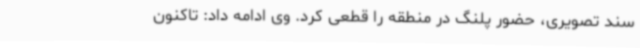
سند تصویری، حضور پلنگ در منطقه را قطعی کرد. وی ادامه داد: تاکنون